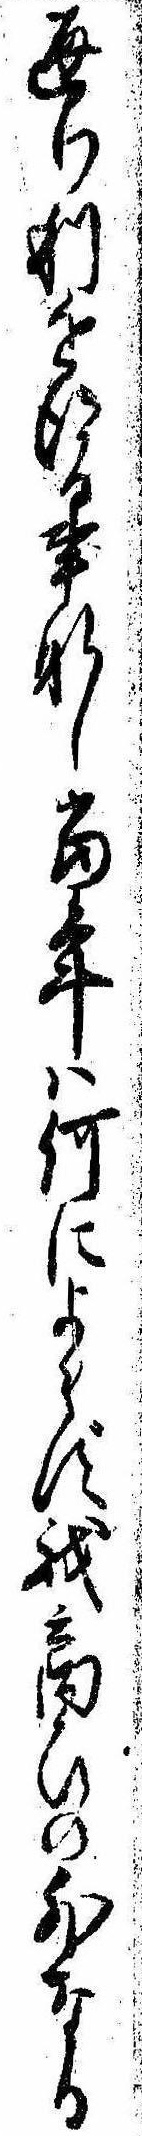
通り利を得る事なし当年は何によらず我商ひの外なる